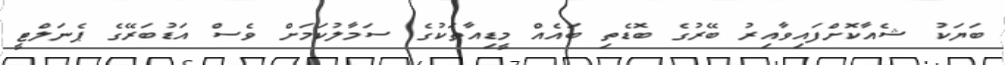
ބަޔަކު ޝެއާކޮށްފައިވާއިރު ބޭރުގެ ބޮޑެތި ބައެއް މީޑިއާތަކުގެ ސަމާލުކަމަށް ވެސް އަޑުބަރޭގެ ޕެނަލްޓީ